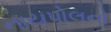
નાયપોલનો